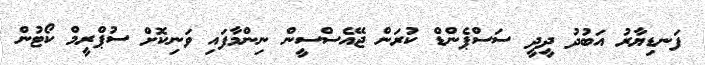
ފަނޑިޔާރު އަބުދު ދީދީ ސަސްޕެންޑް ކުރަން ޖޭއެސްސީން ނިންމާފައި ވަނިކޮށް ސުޕްރީމް ކޯޓުން